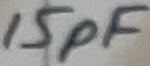
Text: 15pF